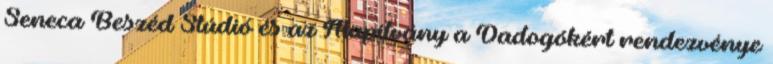
Seneca Beszéd Stúdió és az Alapítvány a Dadogókért rendezvénye